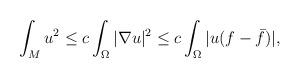
LaTeX: \begin{align*}\int_M u^2 \leq c\int_\Omega |\nabla u|^2 \leq c\int_\Omega |u(f - \bar{f})|, \end{align*}